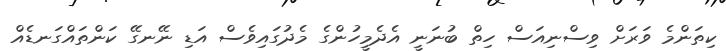
ކިތަންމެ ވަރަށް ވިސްނިއަސް ހިތް ބުނަނީ އެދެމީހުންގެ މެދުގައިވެސް އަޑި ނޭނގޭ ކަންތައްގަނޑެއް